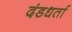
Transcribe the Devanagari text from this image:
दंडधर्ता